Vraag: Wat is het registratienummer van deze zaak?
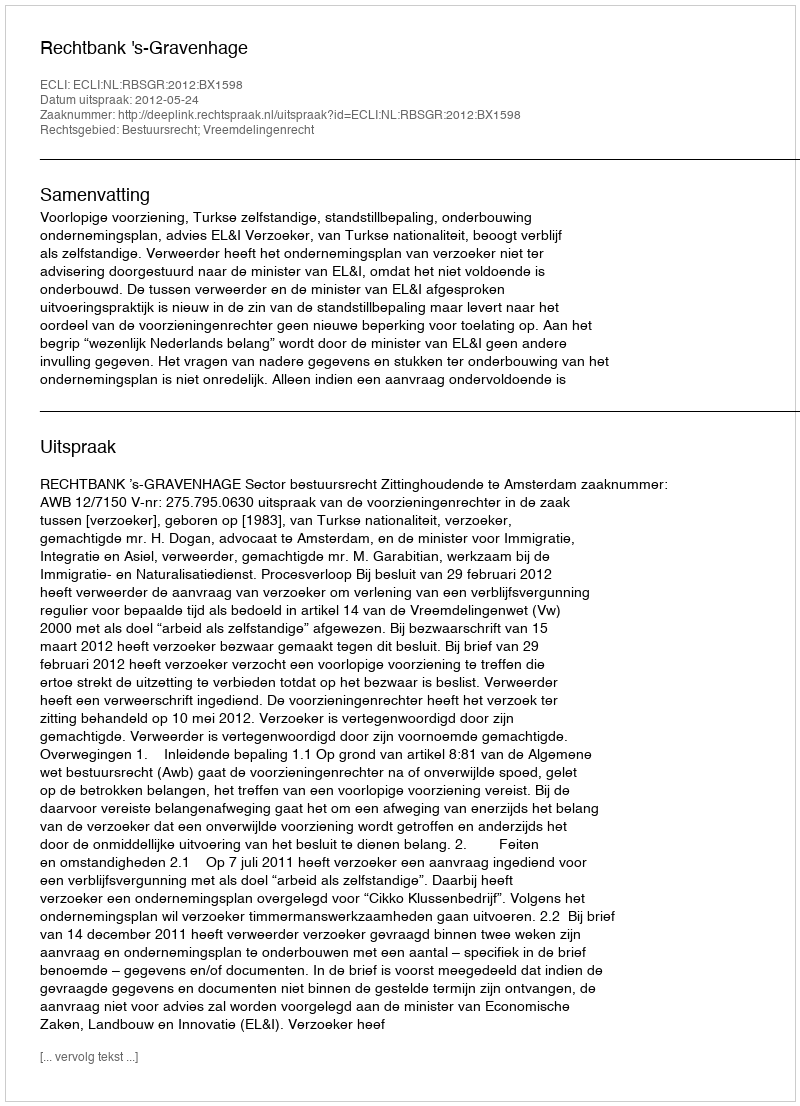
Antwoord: http://deeplink.rechtspraak.nl/uitspraak?id=ECLI:NL:RBSGR:2012:BX1598